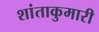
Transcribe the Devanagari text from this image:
शांताकुमारी